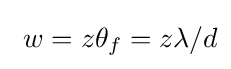
~w=z\theta _{f}=z\lambda /d